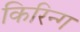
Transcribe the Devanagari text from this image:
किरिन्ग